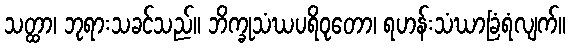
သတ္ထာ၊ ဘုရားသခင်သည်။ ဘိက္ခုသံဃပရိဝုတော၊ ရဟန်းသံဃာခြံရံလျက်။